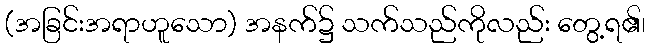
(အခြင်းအရာဟူသော) အနက်၌ သက်သည်ကိုလည်း တွေ့ရ၏၊